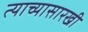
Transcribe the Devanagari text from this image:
त्याच्यासारखी